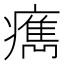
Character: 𤺻